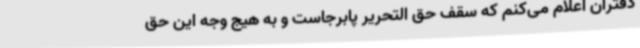
دفتران اعلام می‌کنم که سقف حق التحریر پابرجاست و به هیج وجه این حق